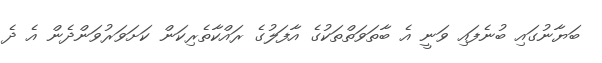
ބަޔާނުގައި ބުނެފައި ވަނީ އެ ބާތަވަތްތަކުގެ އާފަލުގެ ރައްކާތެރިކަން ކަށަވަރުވަންދެން އެ ދެ